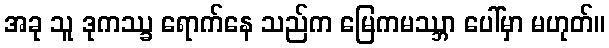
အခု သူ ဒုကဿ္ခ ရောက်နေ သည်က မြေကမဿ္ဘာ ပေါ်မှာ မဟုတ်။